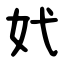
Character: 㚤